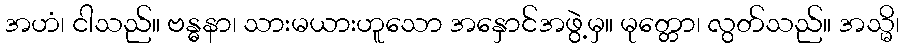
အဟံ၊ ငါသည်။ ဗန္ဓနာ၊ သားမယားဟူသော အနှောင်အဖွဲ့မှ။ မုတ္တော၊ လွတ်သည်။ အသ္မိ၊